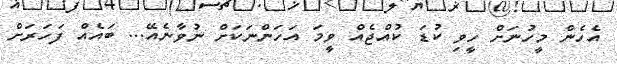
އެހެން މީހުނަށް ހީވި ކުޑަ ކުއްޖެއް ވީމަ އަހަންނަކަށް ނުވާނެއޭ... ބައެއް ފަހަރަށް